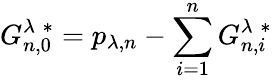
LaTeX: G_{n,0}^{\lambda\; *}=p_{\lambda,n}-\sum_{i=1}^{n}G_{n,i}^{\lambda\; *}